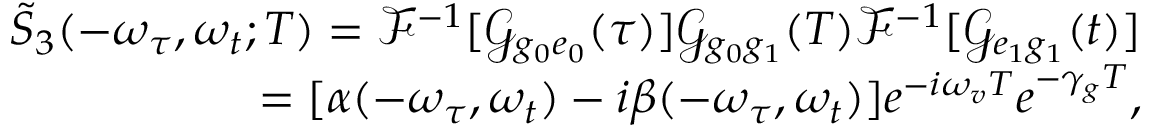
\begin{array} { r } { \tilde { S } _ { 3 } ( - \omega _ { \tau } , \omega _ { t } ; T ) = \mathscr { F } ^ { - 1 } [ \mathscr { G } _ { g _ { 0 } e _ { 0 } } ( \tau ) ] \mathscr { G } _ { g _ { 0 } g _ { 1 } } ( T ) \mathscr { F } ^ { - 1 } [ \mathscr { G } _ { e _ { 1 } g _ { 1 } } ( t ) ] } \\ { = [ \alpha ( - \omega _ { \tau } , \omega _ { t } ) - i \beta ( - \omega _ { \tau } , \omega _ { t } ) ] e ^ { - i \omega _ { v } T } e ^ { - \gamma _ { g } T } , } \end{array}